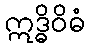
ဣဒ္ဓိဝိဓံ